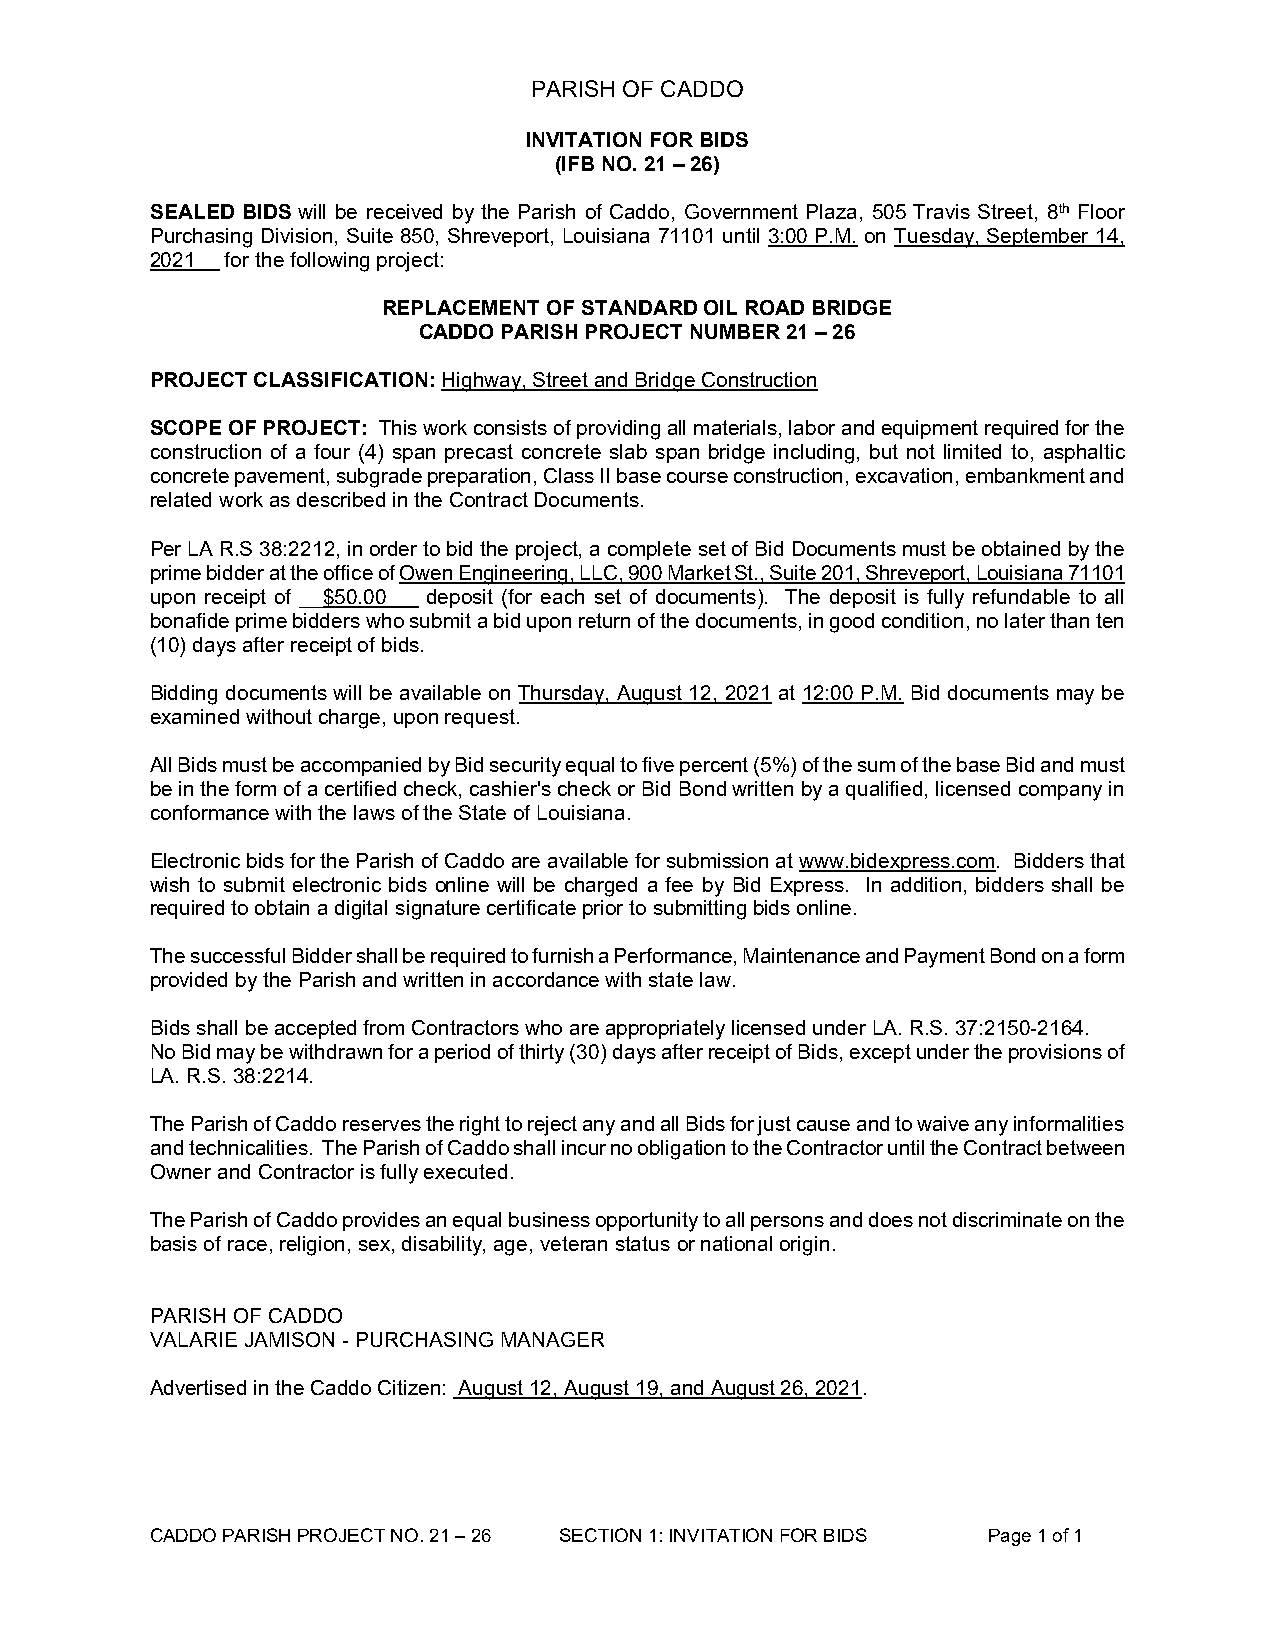
PARISH OF CADDO
 INVITATION FOR BIDS
 (IFB NO. 21 – 26)
 SEALED BIDS will be received by the Parish of Caddo, Government Plaza, 505 Travis Street, 8th Floor
 Purchasing Division, Suite 850, Shreveport, Louisiana 71101 until 3:00 P.M. on Tuesday, September 14,
 2021 for the following project:
 REPLACEMENT OF STANDARD OIL ROAD BRIDGE
 CADDO PARISH PROJECT NUMBER 21 – 26
 PROJECT CLASSIFICATION: Highway, Street and Bridge Construction
 SCOPE OF PROJECT: This work consists of providing all materials, labor and equipment required for the
 construction of a four (4) span precast concrete slab span bridge including, but not limited to, asphaltic
 concrete pavement, subgrade preparation, Class II base course construction, excavation, embankment and
 related work as described in the Contract Documents.
 Per LA R.S 38:2212, in order to bid the project, a complete set of Bid Documents must be obtained by the
 prime bidder at the office of Owen Engineering, LLC, 900 Market St., Suite 201, Shreveport, Louisiana 71101
 upon receipt of __$50.00 deposit (for each set of documents). The deposit is fully refundable to all
 bonafide prime bidders who submit a bid upon return of the documents, in good condition, no later than ten
 (10) days after receipt of bids.
 Bidding documents will be available on Thursday, August 12, 2021 at 12:00 P.M. Bid documents may be
 examined without charge, upon request.
 All Bids must be accompanied by Bid security equal to five percent (5%) of the sum of the base Bid and must
 be in the form of a certified check, cashier's check or Bid Bond written by a qualified, licensed company in
 conformance with the laws of the State of Louisiana.
 Electronic bids for the Parish of Caddo are available for submission at www.bidexpress.com. Bidders that
 wish to submit electronic bids online will be charged a fee by Bid Express. In addition, bidders shall be
 required to obtain a digital signature certificate prior to submitting bids online.
 The successful Bidder shall be required to furnish a Performance, Maintenance and Payment Bond on a form
 provided by the Parish and written in accordance with state law.
 Bids shall be accepted from Contractors who are appropriately licensed under LA. R.S. 37:2150-2164.
 No Bid may be withdrawn for a period of thirty (30) days after receipt of Bids, except under the provisions of
 LA. R.S. 38:2214.
 The Parish of Caddo reserves the right to reject any and all Bids for just cause and to waive any informalities
 and technicalities. The Parish of Caddo shall incur no obligation to the Contractor until the Contract between
 Owner and Contractor is fully executed.
 The Parish of Caddo provides an equal business opportunity to all persons and does not discriminate on the
 basis of race, religion, sex, disability, age, veteran status or national origin.
 PARISH OF CADDO
 VALARIE JAMISON - PURCHASING MANAGER
 Advertised in the Caddo Citizen: August 12, August 19, and August 26, 2021.
 CADDO PARISH PROJECT NO. 21 – 26 SECTION 1: INVITATION FOR BIDS Page 1 of 1